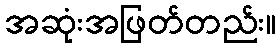
အဆုံးအဖြတ်တည်း။